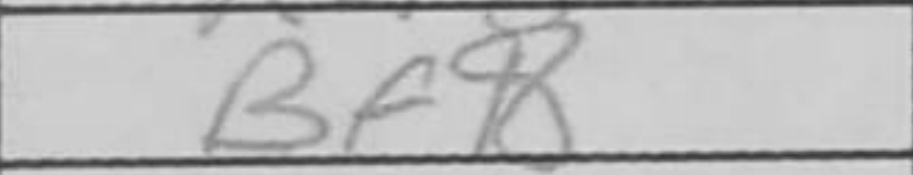
Transcription: Bf8